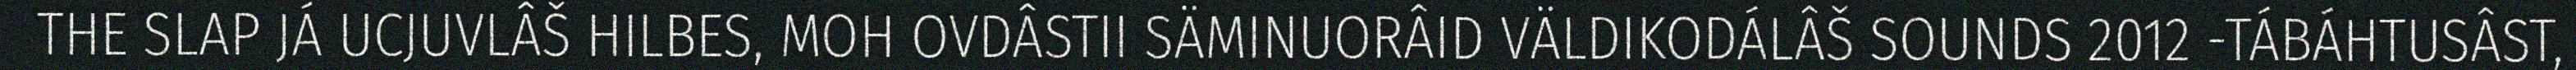
THE SLAP JÁ UCJUVLÂŠ HILBES, MOH OVDÂSTII SÄMINUORÂID VÄLDIKODÁLÂŠ SOUNDS 2012 -TÁBÁHTUSÂST,